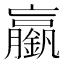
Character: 𨭞